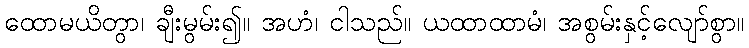
ထောမယိတွာ၊ ချီးမွမ်း၍။ အဟံ၊ ငါသည်။ ယထာထာမံ၊ အစွမ်းနှင့်လျော်စွာ။